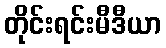
တိုင်းရင်းမီဒီယာ